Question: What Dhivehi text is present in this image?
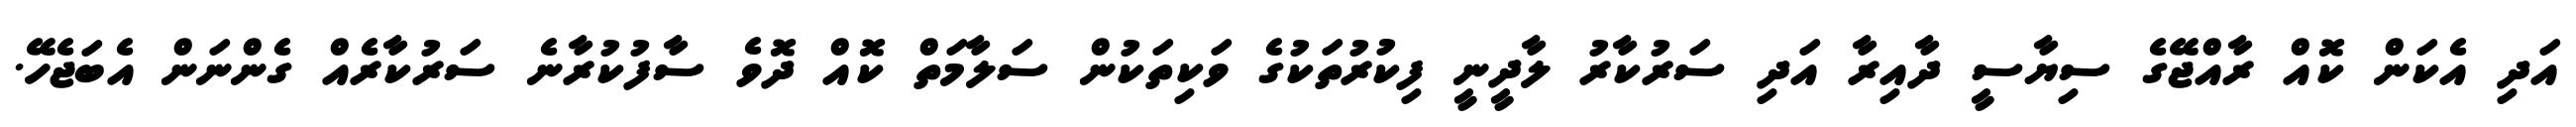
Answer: އަދި އެކަން ކޮއް ރާއްޖޭގެ ސިޔާސީ ދާއިރާ އަދި ސަރުކާރު ލާދީނީ ފިކުރުތަކުގެ ވަކިތަކުން ސަލާމަތް ކޮއް ދޮވެ ސާފުކުރާނެ ސަރުކާރެއް ގެންނަން އެބަޖެހޭ.